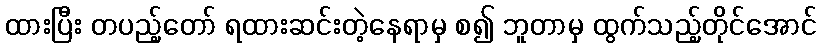
ထားပြီး တပည့်တော် ရထားဆင်းတဲ့နေရာမှ စ၍ ဘူတာမှ ထွက်သည့်တိုင်အောင်